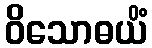
ဝိသောဓယိံ